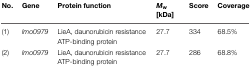
| No. | Gene | Protein function | Mw[kDa] | Score | Coverage |
 | --- | --- | --- | --- | --- | --- |
 | (1) | lmo0979 | LieA, daunorubicin resistance ATP-binding protein | 27.7 | 334 | 68.5% |
 | (2) | lmo0979 | LieA, daunorubicin resistance ATP-binding protein | 27.7 | 286 | 68.8% |